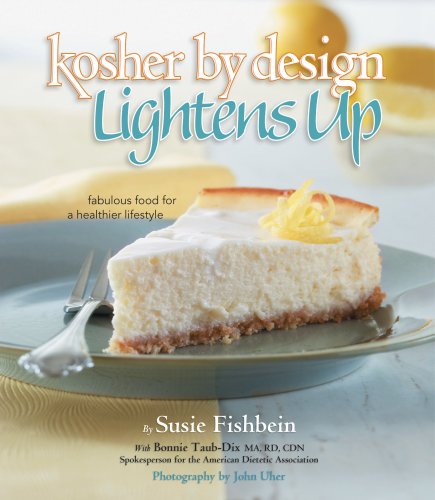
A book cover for Kosher by Design Lightens Up: Fabulous food for a healthier lifestyle; Susie Fishbein; Cookbooks, Food & Wine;